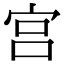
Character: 宫